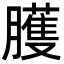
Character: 臒